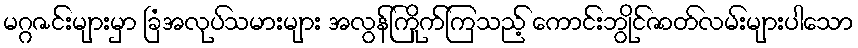
မဂ္ဂဇင်းများမှာ ခြံအလုပ်သမားများ အလွန်ကြိုက်ကြသည့် ကောင်းဘွိုင်ဇာတ်လမ်းများပါသော